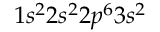
1 s ^ { 2 } 2 s ^ { 2 } 2 p ^ { 6 } 3 s ^ { 2 }